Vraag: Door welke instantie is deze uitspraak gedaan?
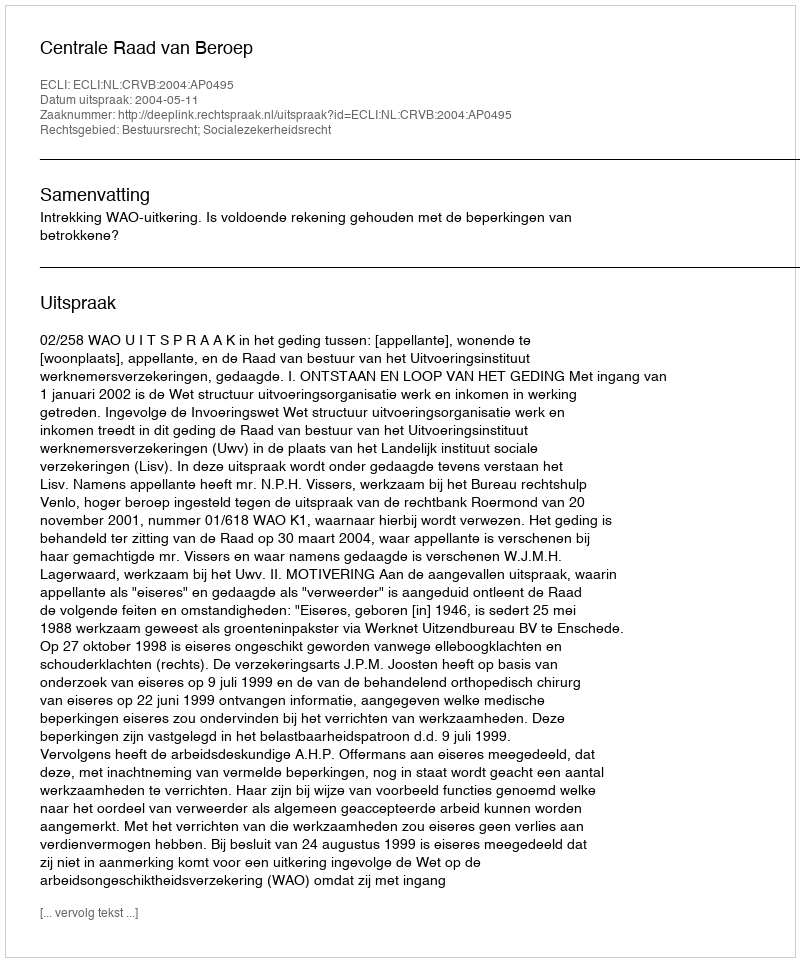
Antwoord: Centrale Raad van Beroep